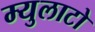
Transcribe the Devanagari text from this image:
म्युलाटो